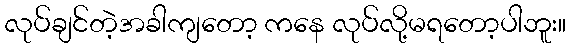
လုပ်ချင်တဲ့အခါကျတော့ ကနေ လုပ်လို့မရတော့ပါဘူး။